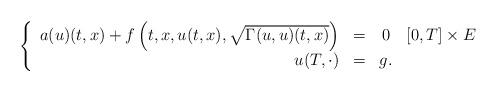
LaTeX: \begin{align*}\left\{\begin{array}{rccc} a(u)(t,x) + f\left(t,x,u(t,x),\sqrt{\Gamma(u,u)(t,x)}\right)&=&0& [0,T]\times E \\ u(T,\cdot)&=&g.& \end{array}\right.\end{align*}